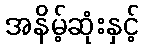
အနိမ့်ဆုံးနှင့်